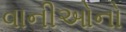
વાનીઓનો